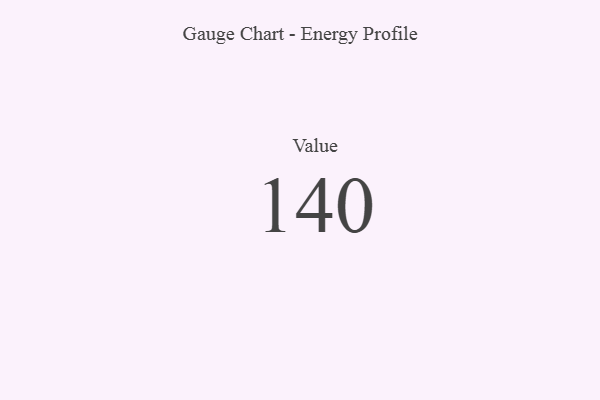
{"axis": {"x": "Metric", "y": "Value"}, "legend": [""], "data": [{"x": "Value", "y": 140, "type": ""}]}